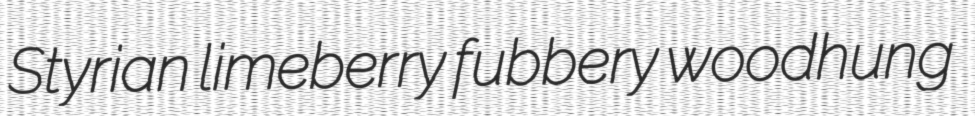
Styrian limeberry fubbery woodhung